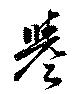
誉